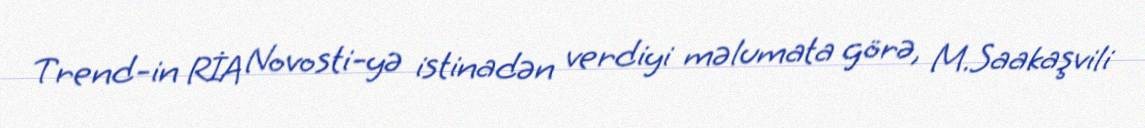
Trend-in RİA Novosti-yə istinadən verdiyi məlumata görə, M.Saakaşvili